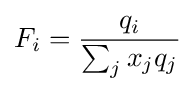
F_{i}={\frac {q_{i}}{\sum _{j}x_{j}q_{j}}}